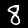
Label: 8